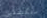
ستكتشفين